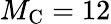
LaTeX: M_{\mathrm{C}}=12